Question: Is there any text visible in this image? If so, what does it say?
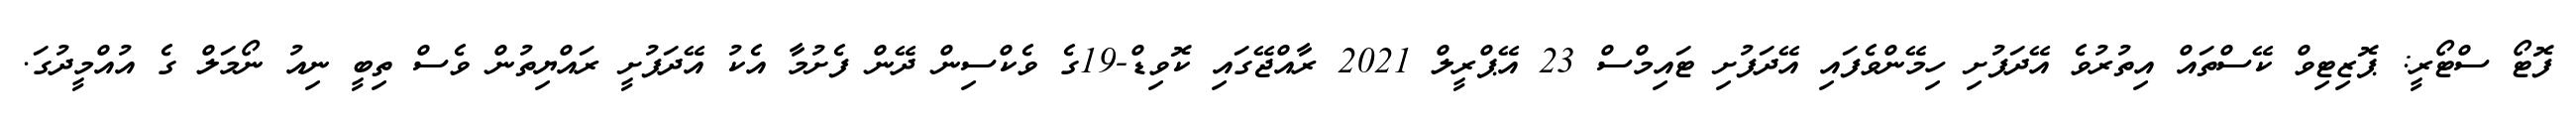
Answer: ފޮޓޯ ސްޓޯރީ: ޕޮޒިޓިވް ކޭސްތައް އިތުރުވެ އޭދަފުށި ހިމޭންވެފައި އޭދަފުށި ޓައިމްސް 23 އޭޕްރީލް 2021 ރާއްޖޭގައި ކޮވިޑް-19ގެ ވެކްސިން ދޭން ފެށުމާ އެކު އޭދަފުށީ ރައްޔިތުން ވެސް ތިބީ ނިއު ނޯމަލް ގެ އުއްމީދުގަ.